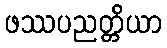
ဖဿပညတ္တိယာ